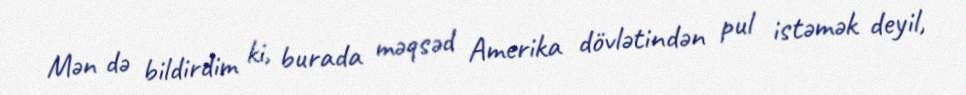
Mən də bildirdim ki, burada məqsəd Amerika dövlətindən pul istəmək deyil,